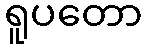
ရူပတော